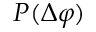
P ( \Delta \varphi )